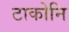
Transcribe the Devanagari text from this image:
टाकोनि